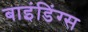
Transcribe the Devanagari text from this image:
बाइंडिंग्स